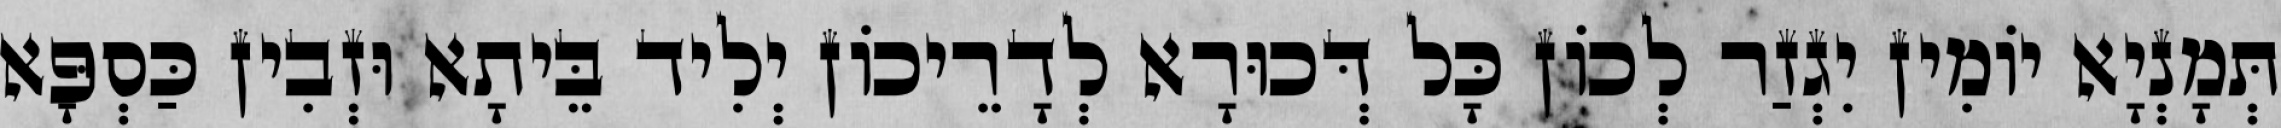
תְּמָנְיָא יוֹמִין יִגְזַר לְכוֹן כָּל דְּכוּרָא לְדָרֵיכוֹן יְלִיד בֵּיתָא וּזְבִין כַּסְפָּא